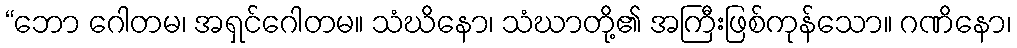
“ဘော ဂေါတမ၊ အရှင်ဂေါတမ။ သံဃိနော၊ သံဃာတို့၏ အကြီးဖြစ်ကုန်သော။ ဂဏိနော၊